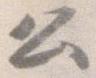
公